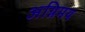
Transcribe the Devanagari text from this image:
अग्निमय